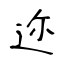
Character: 迩